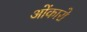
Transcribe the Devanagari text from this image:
ओंकारो